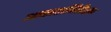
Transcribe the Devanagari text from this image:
आकाशनिरीक्षण